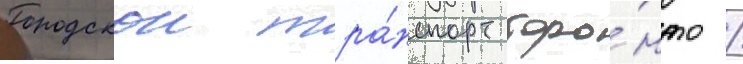
Городскои тра́нспорт торо́нто /